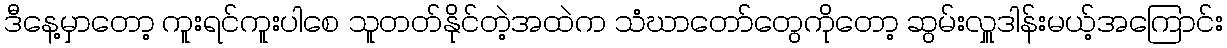
ဒီနေ့မှာတော့ ကူးရင်ကူးပါစေ သူတတ်နိုင်တဲ့အထဲက သံဃာတော်တွေကိုတော့ ဆွမ်းလှူဒါန်းမယ့်အကြောင်း